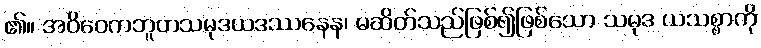
၏။ အဝိဝေကဘူတသမုဒယဒဿနေန၊ မဆိတ်သည်ဖြစ်၍ဖြစ်သော သမုဒ ယသစ္စာကို